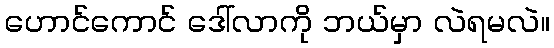
ဟောင်ကောင် ဒေါ်လာကို ဘယ်မှာ လဲရမလဲ။